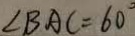
\angle B A C = 6 0 ^ { \circ }